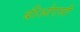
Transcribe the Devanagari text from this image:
बीओएसी